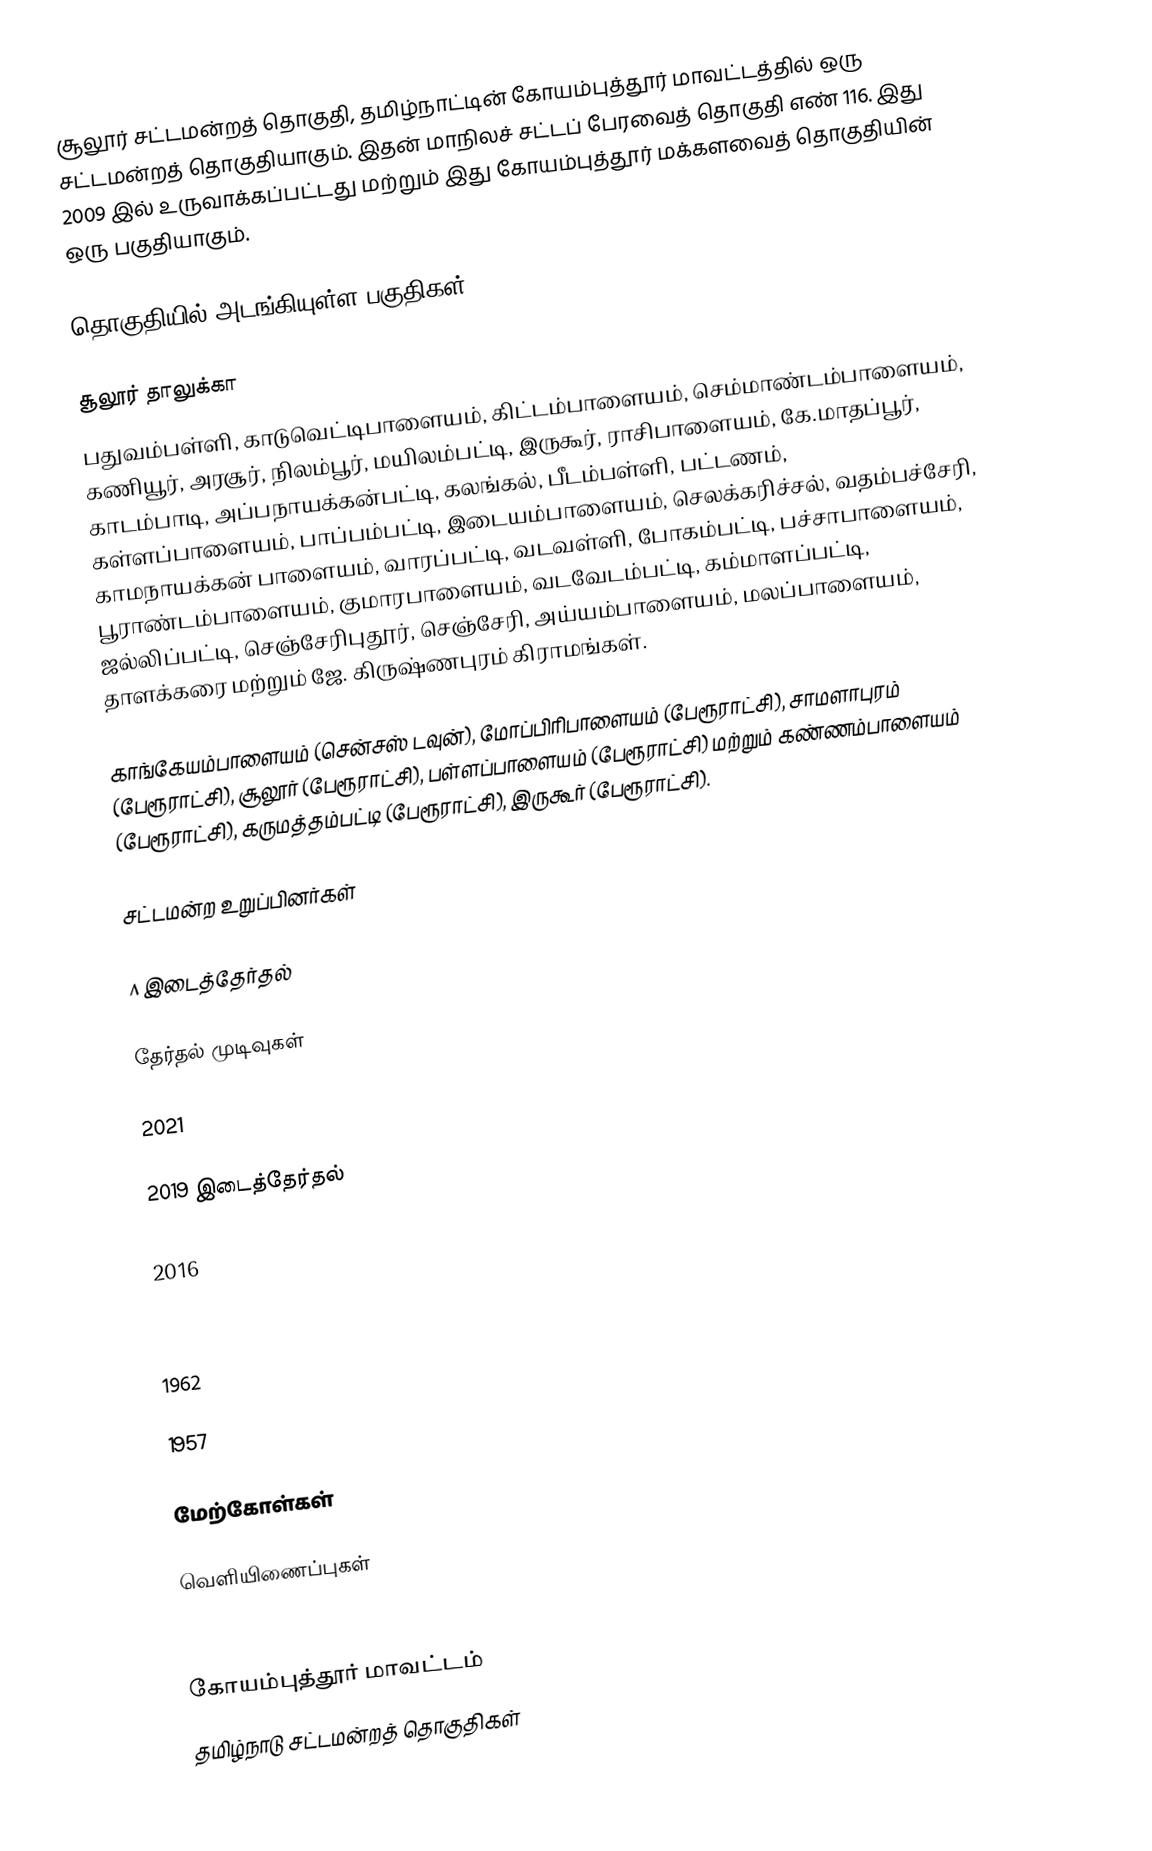
சூலூர் சட்டமன்றத் தொகுதி, தமிழ்நாட்டின் கோயம்புத்தூர் மாவட்டத்தில் ஒரு சட்டமன்றத் தொகுதியாகும். இதன் மாநிலச் சட்டப் பேரவைத் தொகுதி எண் 116. இது 2009 இல் உருவாக்கப்பட்டது மற்றும் இது கோயம்புத்தூர் மக்களவைத் தொகுதியின் ஒரு பகுதியாகும்.

தொகுதியில் அடங்கியுள்ள பகுதிகள்

சூலூர் தாலுக்கா
பதுவம்பள்ளி, காடுவெட்டிபாளையம், கிட்டம்பாளையம், செம்மாண்டம்பாளையம், கணியூர், அரசூர், நிலம்பூர், மயிலம்பட்டி, இருகூர், ராசிபாளையம், கே.மாதப்பூர், காடம்பாடி, அப்பநாயக்கன்பட்டி, கலங்கல், பீடம்பள்ளி, பட்டணம், கள்ளப்பாளையம், பாப்பம்பட்டி, இடையம்பாளையம், செலக்கரிச்சல், வதம்பச்சேரி, காமநாயக்கன் பாளையம், வாரப்பட்டி, வடவள்ளி, போகம்பட்டி, பச்சாபாளையம், பூராண்டம்பாளையம், குமாரபாளையம், வடவேடம்பட்டி, கம்மாளப்பட்டி, ஜல்லிப்பட்டி, செஞ்சேரிபுதூர், செஞ்சேரி, அய்யம்பாளையம், மலப்பாளையம், தாளக்கரை மற்றும் ஜே. கிருஷ்ணபுரம் கிராமங்கள்.

காங்கேயம்பாளையம் (சென்சஸ் டவுன்), மோப்பிரிபாளையம் (பேரூராட்சி), சாமளாபுரம் (பேரூராட்சி), சூலூர் (பேரூராட்சி), பள்ளப்பாளையம் (பேரூராட்சி) மற்றும் கண்ணம்பாளையம் (பேரூராட்சி), கருமத்தம்பட்டி (பேரூராட்சி), இருகூர் (பேரூராட்சி).

சட்டமன்ற உறுப்பினர்கள்

^ இடைத்தேர்தல்

தேர்தல் முடிவுகள்

2021

2019 இடைத்தேர்தல்

2016

2011

1962

1957

மேற்கோள்கள்

வெளியிணைப்புகள்

கோயம்புத்தூர் மாவட்டம்
தமிழ்நாடு சட்டமன்றத் தொகுதிகள்